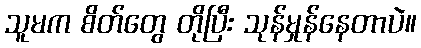
သူမက စိတ်တွေ တိုပြီး သုန်မှုန်နေတာပဲ။